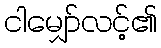
ငါမျှော်လင့်၏